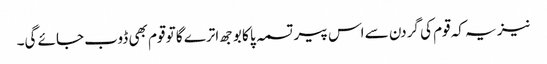
نیز یہ کہ قوم کی گردن سے اس پیر تسمہ پا کا بوجھ اترے گا تو قوم بھی ڈوب جائے گی۔